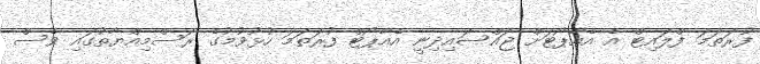
ފުރަތަމަ ފްލައިޓް އެ އެއާޕޯޓަށް ޖައްސައިދިނީ އެއާޕޯޓް ފުރަތަމަ ހުޅުވުމުގެ ރަސްމިއްޔާތުގައި ވެސް